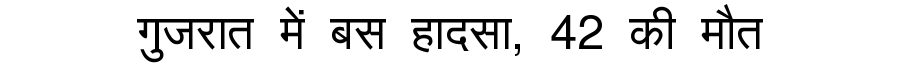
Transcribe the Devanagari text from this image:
गुजरात में बस हादसा, 42 की मौत